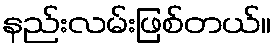
နည်းလမ်းဖြစ်တယ်။